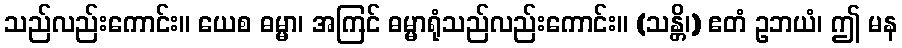
သည်လည်းကောင်း။ ယေစ ဓမ္မာ၊ အကြင် ဓမ္မာရုံသည်လည်းကောင်း။ (သန္တိ၊) ဧတံ ဥဘယံ၊ ဤ မန